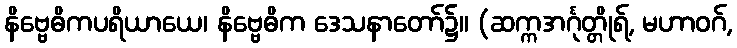
နိဗ္ဗေဓိကပရိယာယေ၊ နိဗ္ဗေဓိက ဒေသနာတော်၌။ (ဆက္ကအင်္ဂုတ္တိုရ်, မဟာဝဂ်,